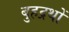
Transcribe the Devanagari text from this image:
बुहद्रथों